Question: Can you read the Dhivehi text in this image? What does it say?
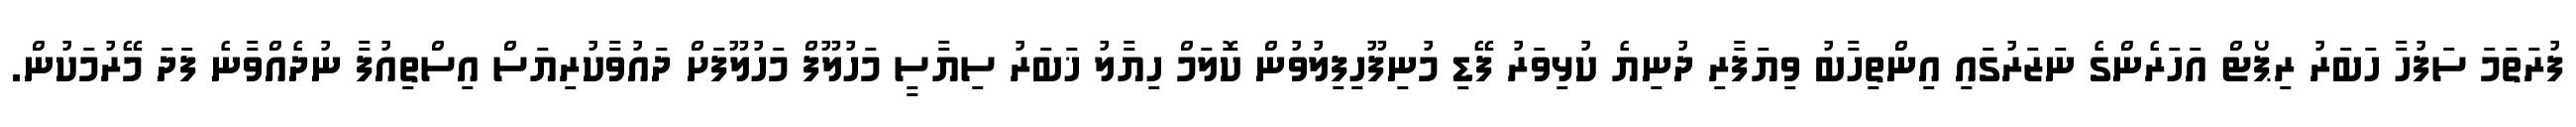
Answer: ފުރަތަމަ ސަފުހާ ހަބަރު ރިޕޯޓް އަހަރެންގެ ނަޒަރުގައި އިންތިހާބު ވިޔަފާރި ދުނިޔެ ކުޅިވަރު ފޭޑި މުނިފޫހިފިލުވުން ކޮލަމް ހިޔާލު ޚަބަރު ސިޔާސީ މަހުލޫފް މަހުލޫފަށް ދައުވާކުރިޔަސް އިސްތިއުފާ ނުދެއްވާނެ ފަދަ މޭރުމަކުން.